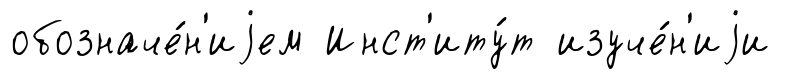
обозначе́н'иjем Инст'иту́т изуче́н'иjи